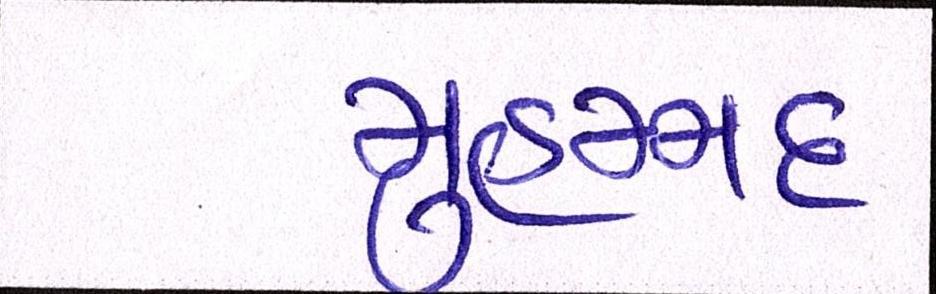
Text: મુહમ્મદ